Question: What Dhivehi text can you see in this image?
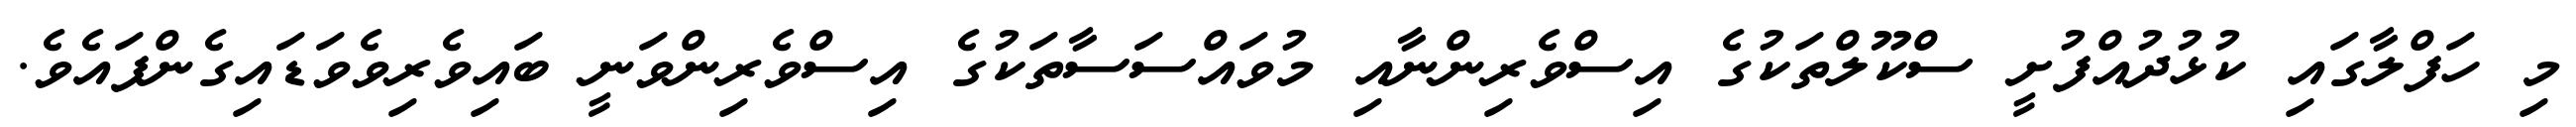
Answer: މި ހަފްލާގައި ކުޅުދުއްފުށީ ސްކޫލްތަކުގެ އިސްވެރިންނާއި މުވައްސަސާތަކުގެ އިސްވެރިންވަނީ ބައިވެރިވެވަޑައިގެންފައެވެ.